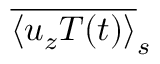
\overline { { \langle u _ { z } T ( t ) \rangle } } _ { s }